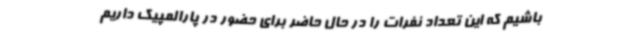
باشیم که این تعداد نفرات را در حال حاضر برای حضور در پارالمپیک داریم